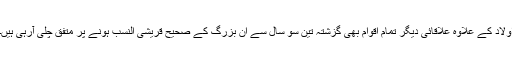
اولاد کے علاوہ علاقائی دیگر تمام اقوام بھی گزشتہ تین سو سال سے ان بزرگ کے صحیح قریشی النسب ہونے پر متفق چلی آرہی ہیں۔